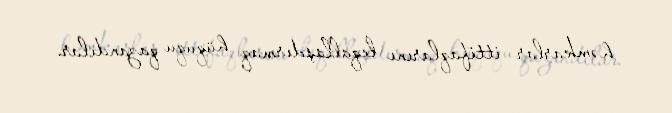
həmkarlar ittifaqlarını leqallaşdırmaq hüququ qazandılar.